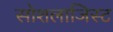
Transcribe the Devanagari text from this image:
सोशलाजिस्ट